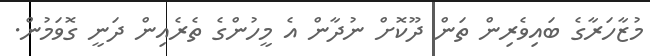
މުޒާހަރާގެ ބައިވެރިން ތަން ދޫކޮށް ނުދާން އެ މީހުންގެ ތެރެއިން ދަނީ ގޮވަމުން.